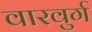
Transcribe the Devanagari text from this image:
वारवुर्ग